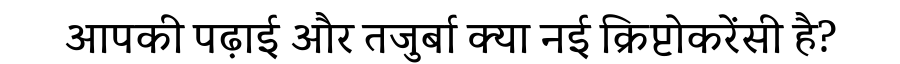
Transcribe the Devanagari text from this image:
आपकी पढ़ाई और तजुर्बा क्या नई क्रिप्टोकरेंसी है?